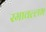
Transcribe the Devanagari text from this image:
रमावल्लभ